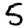
Digit: 5